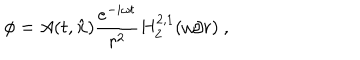
\phi = A ( t , { \bf \hat { x } } ) \frac { e ^ { - i \omega t } } { r ^ { 2 } } H _ { 2 } ^ { 2 , 1 } ( \omega / r ) \ ,